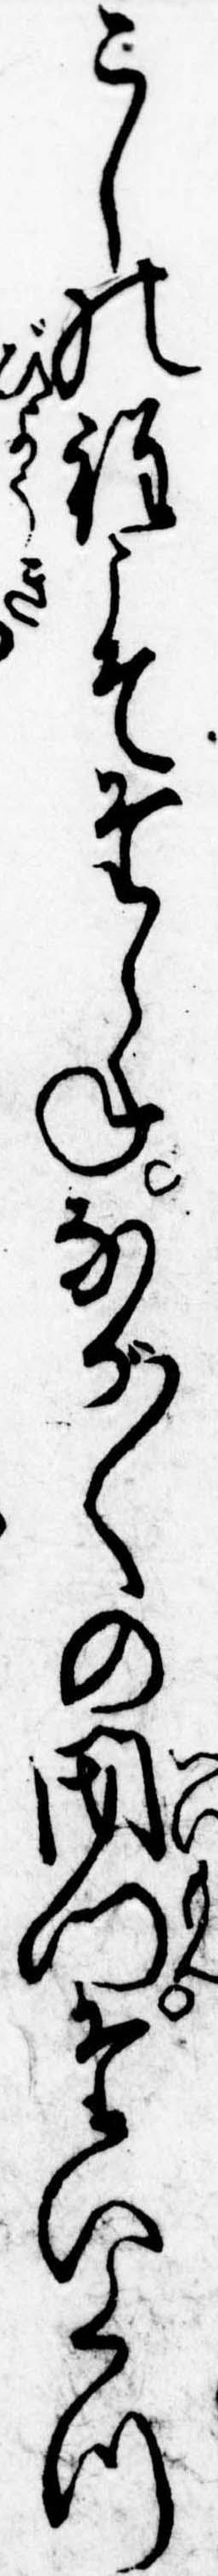
こしの程こそたらねなが〱の閉門たいくつ